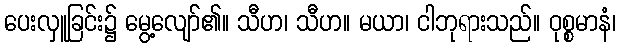
ပေးလှူခြင်း၌ မွေ့လျော်၏။ သီဟ၊ သီဟ။ မယာ၊ ငါဘုရားသည်။ ဝုစ္စမာနံ၊